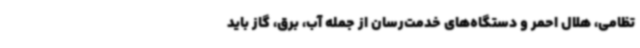
تظامی، هلال احمر و دستگاه‌های خدمت‌رسان از جمله آب، برق، گاز باید